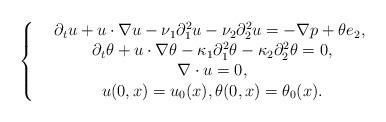
LaTeX: \begin{align*}\left\{\begin{array}{cc}&\partial_t u+u\cdot\nabla u-\nu_1\partial_1^2u-\nu_2\partial_2^2u=-\nabla p+\theta e_2,\ \\&\partial_t \theta+u\cdot\nabla\theta-\kappa_1\partial_1^2\theta-\kappa_2\partial_2^2\theta=0,\\&\nabla\cdot u=0,\\&u(0,x)=u_0(x), \theta(0,x)=\theta_0(x).\end{array}\right.\end{align*}